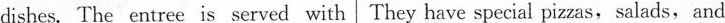
dishes. The entree is served with They have special pizzas, salads, and